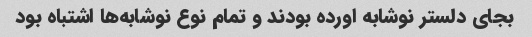
بجای دلستر نوشابه اورده بودند و تمام نوع نوشابه‌ها اشتباه بود